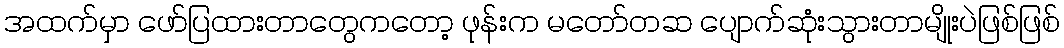
အထက်မှာ ဖော်ပြထားတာတွေကတော့ ဖုန်းက မတော်တဆ ပျောက်ဆုံးသွားတာမျိုးပဲဖြစ်ဖြစ်